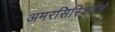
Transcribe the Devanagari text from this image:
अमरसिरिवर्दने